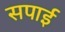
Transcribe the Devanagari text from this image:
सपाई